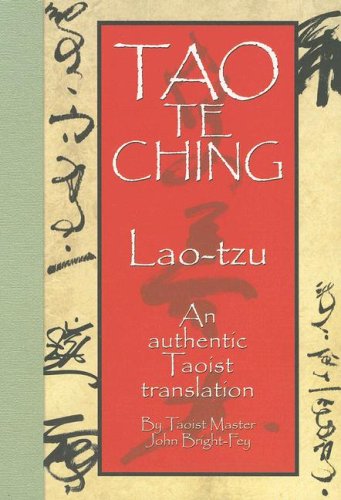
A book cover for Tao Te Ching: An Authentic Taoist Translation; Lao Tzu; Religion & Spirituality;